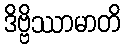
ဒိဗ္ဗိဿာမာတိ